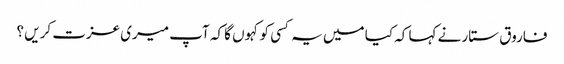
فاروق ستار نے کہا کہ کیا میں یہ کسی کو کہوں گا کہ آپ میری عزت کریں ؟